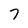
Character: 7